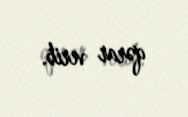
qərar verib.